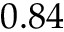
0 . 8 4